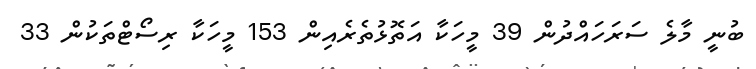
ބުނީ މާލެ ސަރަހައްދުން 39 މީހަކާ އަތޮޅުތެރެއިން 153 މީހަކާ ރިސޯޓްތަކުން 33